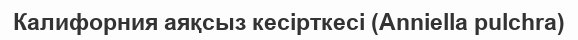
Калифорния аяқсыз кесірткесі (Anniella pulchra)